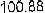
100.88